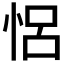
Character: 𢙲